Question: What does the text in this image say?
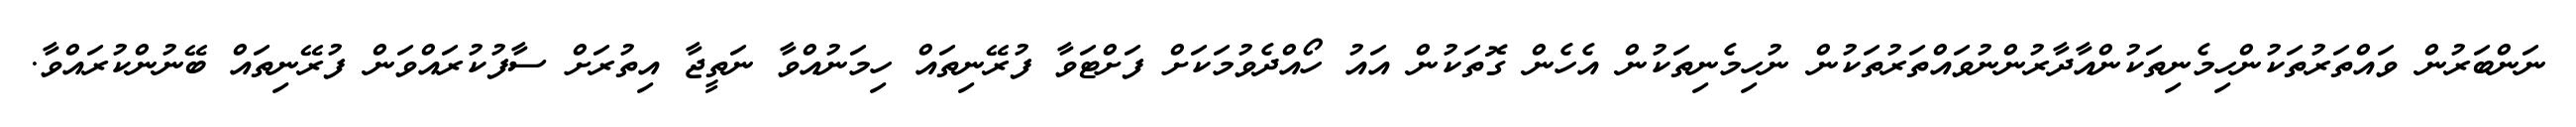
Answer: ނަންބަރުން ވައްތަރުތަކުންހިމެނިތަކުންއާދާރުންނުވައްތަރުތަކުން ނުހިމެނިތަކުން އެހެން ގޮތަކުން އައު ހޯއްދެވުމަކަށް ފަށްޓަވާ ފުރޭނިތައް ހިމަނުއްވާ ނަތީޖާ އިތުރަށް ސާފުކުރައްވަން ފުރޭނިތައް ބޭނުންކުރައްވާ.